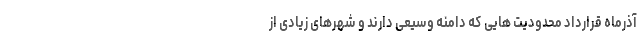
آذرماه قرارداد محدودیت هایی که دامنه وسیعی دارند و شهرهای زیادی از